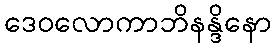
ဒေဝလောကာဘိနန္ဒိနော